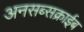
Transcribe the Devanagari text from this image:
अनसब्सक्राईब